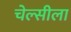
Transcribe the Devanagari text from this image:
चेल्सीला